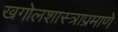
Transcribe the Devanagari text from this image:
खगोलशास्त्राप्रमाणे